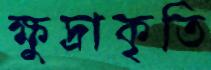
ক্ষুদ্রাকৃতি